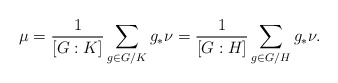
\begin{align*} \mu = \frac{1}{\left[G:K\right]} \sum_{g\in G/K} g_* \nu = \frac{1}{\left[G:H\right]} \sum_{g\in G/H} g_* \nu.\end{align*}